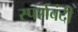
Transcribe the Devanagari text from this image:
स्पर्शबंदी